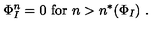
\Phi _ { I } ^ { n } = 0 \ \mathrm { f o r } \ n > n ^ { * } ( \Phi _ { I } ) \ .